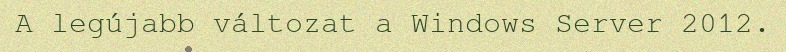
A legújabb változat a Windows Server 2012.